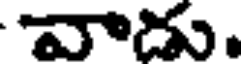
వాడు.